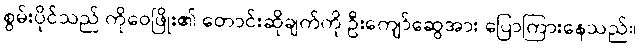
စွမ်းပိုင်သည် ကိုဝေဖြိုး၏ တောင်းဆိုချက်ကို ဦးကျော်ဆွေအား ပြောကြားနေသည်။